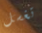
تغسل